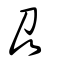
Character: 刕